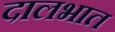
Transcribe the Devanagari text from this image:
दालभात